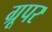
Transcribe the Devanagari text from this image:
ग्रूपर